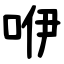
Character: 咿